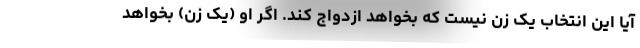
آیا این انتخاب یک زن نیست که بخواهد ازدواج کند. اگر او (یک زن) بخواهد